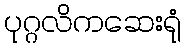
ပုဂ္ဂလိကဆေးရုံ